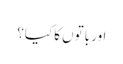
اور باتوں کا کیا؟